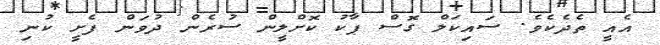
އެއީ ތެދެކެވެ. ސައިކަލް ގޮސް ޕާކު ކޮށްލީން ސުރެން ދުވަން ފެށީ ކުނި